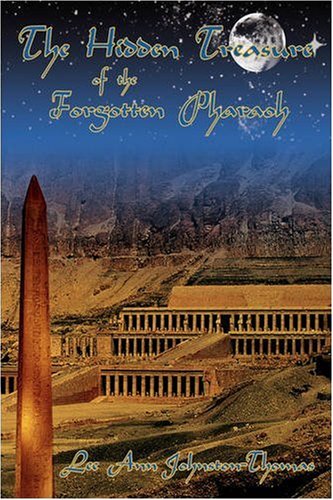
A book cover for The Hidden Treasure of the Forgotten Pharaoh; Lee Ann Thomas; Teen & Young Adult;